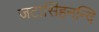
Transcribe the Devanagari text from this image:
जटासिंहनन्दि